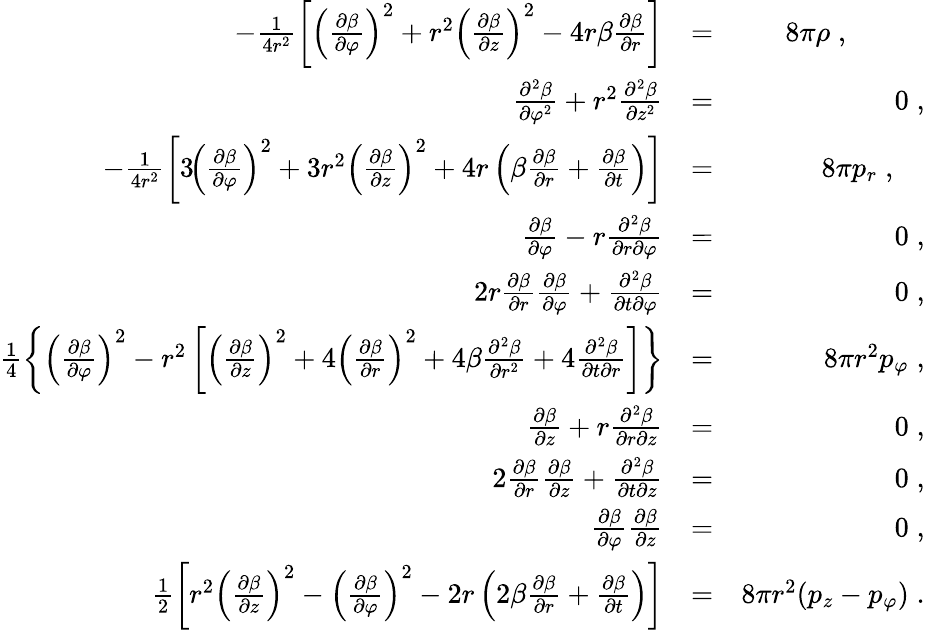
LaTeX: \begin{array}{rlr}{-\frac{1}{4r^{2}}\left[\left(\frac{\partial\beta}{\partial\varphi}\right)^{2}+r^{2}\left(\frac{\partial\beta}{\partial z}\right)^{2}-4r\beta\frac{\partial\beta}{\partial r}\right]}&{=}&{8\pi\rho\; ,\; \; \; \; \; \; \; \; \; \; }\\ {\frac{\partial^{2}\beta}{\partial\varphi^{2}}+r^{2}\frac{\partial^{2}\beta}{\partial z^{2}}}&{=}&{0\; ,}\\ {-\frac{1}{4r^{2}}\left[3\! \left(\frac{\partial\beta}{\partial\varphi}\right)^{2}+3r^{2}\left(\frac{\partial\beta}{\partial z}\right)^{2}+4r\left(\beta\frac{\partial\beta}{\partial r}+\frac{\partial\beta}{\partial t}\right)\right]}&{=}&{8\pi p_{r}\; ,\; \; \; \; }\\ {\frac{\partial\beta}{\partial\varphi}-r\frac{\partial^{2}\beta}{\partial r\partial\varphi}}&{=}&{0\; ,}\\ {2r\frac{\partial\beta}{\partial r}\frac{\partial\beta}{\partial\varphi}+\frac{\partial^{2}\beta}{\partial t\partial\varphi}}&{=}&{0\; ,}\\ {\frac{1}{4}\left\{ \left(\frac{\partial\beta}{\partial\varphi}\right)^{2}-r^{2}\left[\left(\frac{\partial\beta}{\partial z}\right)^{2}+4\left(\frac{\partial\beta}{\partial r}\right)^{2}+4\beta\frac{\partial^{2}\beta}{\partial r^{2}}+4\frac{\partial^{2}\beta}{\partial t\partial r}\right]\right\} }&{=}&{8\pi r^{2}p_{\varphi}\; ,}\\ {\frac{\partial\beta}{\partial z}+r\frac{\partial^{2}\beta}{\partial r\partial z}}&{=}&{0\; ,}\\ {2\frac{\partial\beta}{\partial r}\frac{\partial\beta}{\partial z}+\frac{\partial^{2}\beta}{\partial t\partial z}}&{=}&{0\; ,}\\ {\frac{\partial\beta}{\partial\varphi}\frac{\partial\beta}{\partial z}}&{=}&{0\; ,}\\ {\frac{1}{2}\left[r^{2}\left(\frac{\partial\beta}{\partial z}\right)^{2}-\left(\frac{\partial\beta}{\partial\varphi}\right)^{2}-2r\left(2\beta\frac{\partial\beta}{\partial r}+\frac{\partial\beta}{\partial t}\right)\right]}&{=}&{8\pi r^{2}(p_{z}-p_{\varphi})\; .}\end{array}